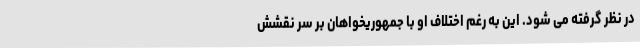
در نظر گرفته می شود. این به رغم اختلاف او با جمهوریخواهان بر سر نقشش